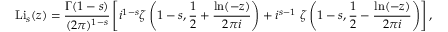
\operatorname { L i } _ { s } ( z ) = { \frac { \Gamma ( 1 - s ) } { ( 2 \pi ) ^ { 1 - s } } } \left[ i ^ { 1 - s } \zeta \left( 1 - s , { \frac { 1 } { 2 } } + { \frac { \ln ( - z ) } { 2 \pi i } } \right) + i ^ { s - 1 } ~ \zeta \left( 1 - s , { \frac { 1 } { 2 } } - { \frac { \ln ( - z ) } { 2 \pi i } } \right) \right] ,